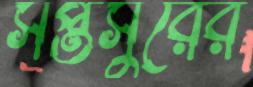
সপ্তসুরের